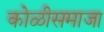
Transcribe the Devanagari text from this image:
कोळीसमाजा